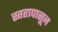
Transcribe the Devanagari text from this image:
स्तरापासून